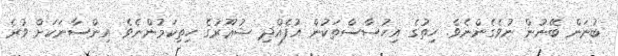
ބުނަން ބޭނުން ނުވެގެންނެވެ. ހިތުގެ އިހުސާސްތަކުން އުފެއްދި ޝުޢޫރުގެ ހިތިކަމުންނެވެ. އިންސާނަކަށް ވުރެ